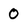
Character: 0